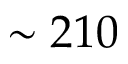
\sim 2 1 0